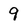
Character: 9